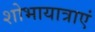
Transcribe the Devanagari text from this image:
शोभायात्राएं